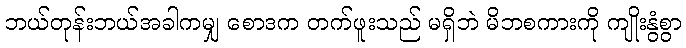
ဘယ်တုန်းဘယ်အခါကမျှ စောဒက တက်ဖူးသည် မရှိဘဲ မိဘစကားကို ကျိုးနွံစွာ